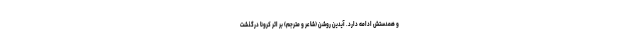
و همدستش ادامه دارد. آیدین روشن (شاعر و مترجم) بر اثر کرونا درگذشت